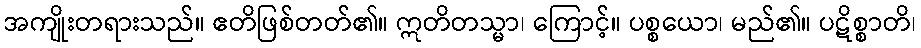
အကျိုးတရားသည်။ ဧတိဖြစ်တတ်၏။ ဣတိတသ္မာ၊ ကြောင့်။ ပစ္စယော၊ မည်၏။ ပဋိစ္စာတိ၊